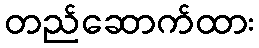
တည်ဆောက်ထား